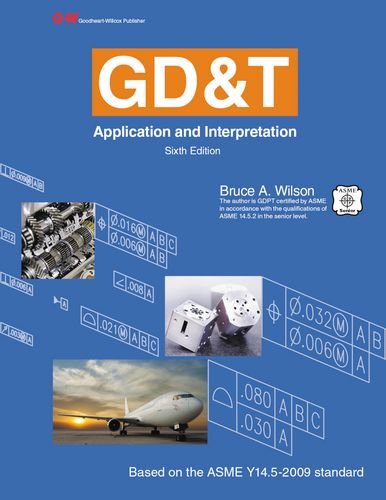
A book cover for GD&T: Application and Interpretation; Bruce A. Wilson; Engineering & Transportation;